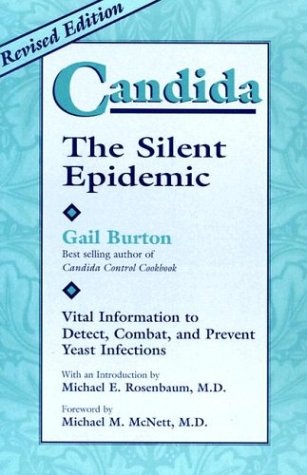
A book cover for Candida: The Silent Epidemic : Vital Information to Detect, Combat, and Prevent Yeast Infections; Gail Burton; Health, Fitness & Dieting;